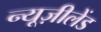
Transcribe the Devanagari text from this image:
न्यूज़ीलेंड